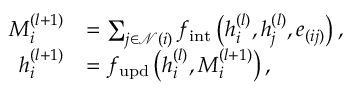
\begin{array} { r l } { M _ { i } ^ { ( l + 1 ) } } & { = \sum _ { j \in \mathcal { N } ( i ) } f _ { \mathrm { i n t } } \left( h _ { i } ^ { ( l ) } , h _ { j } ^ { ( l ) } , e _ { ( i j ) } \right) , } \\ { h _ { i } ^ { ( l + 1 ) } } & { = f _ { \mathrm { u p d } } \left( h _ { i } ^ { ( l ) } , M _ { i } ^ { ( l + 1 ) } \right) , } \end{array}